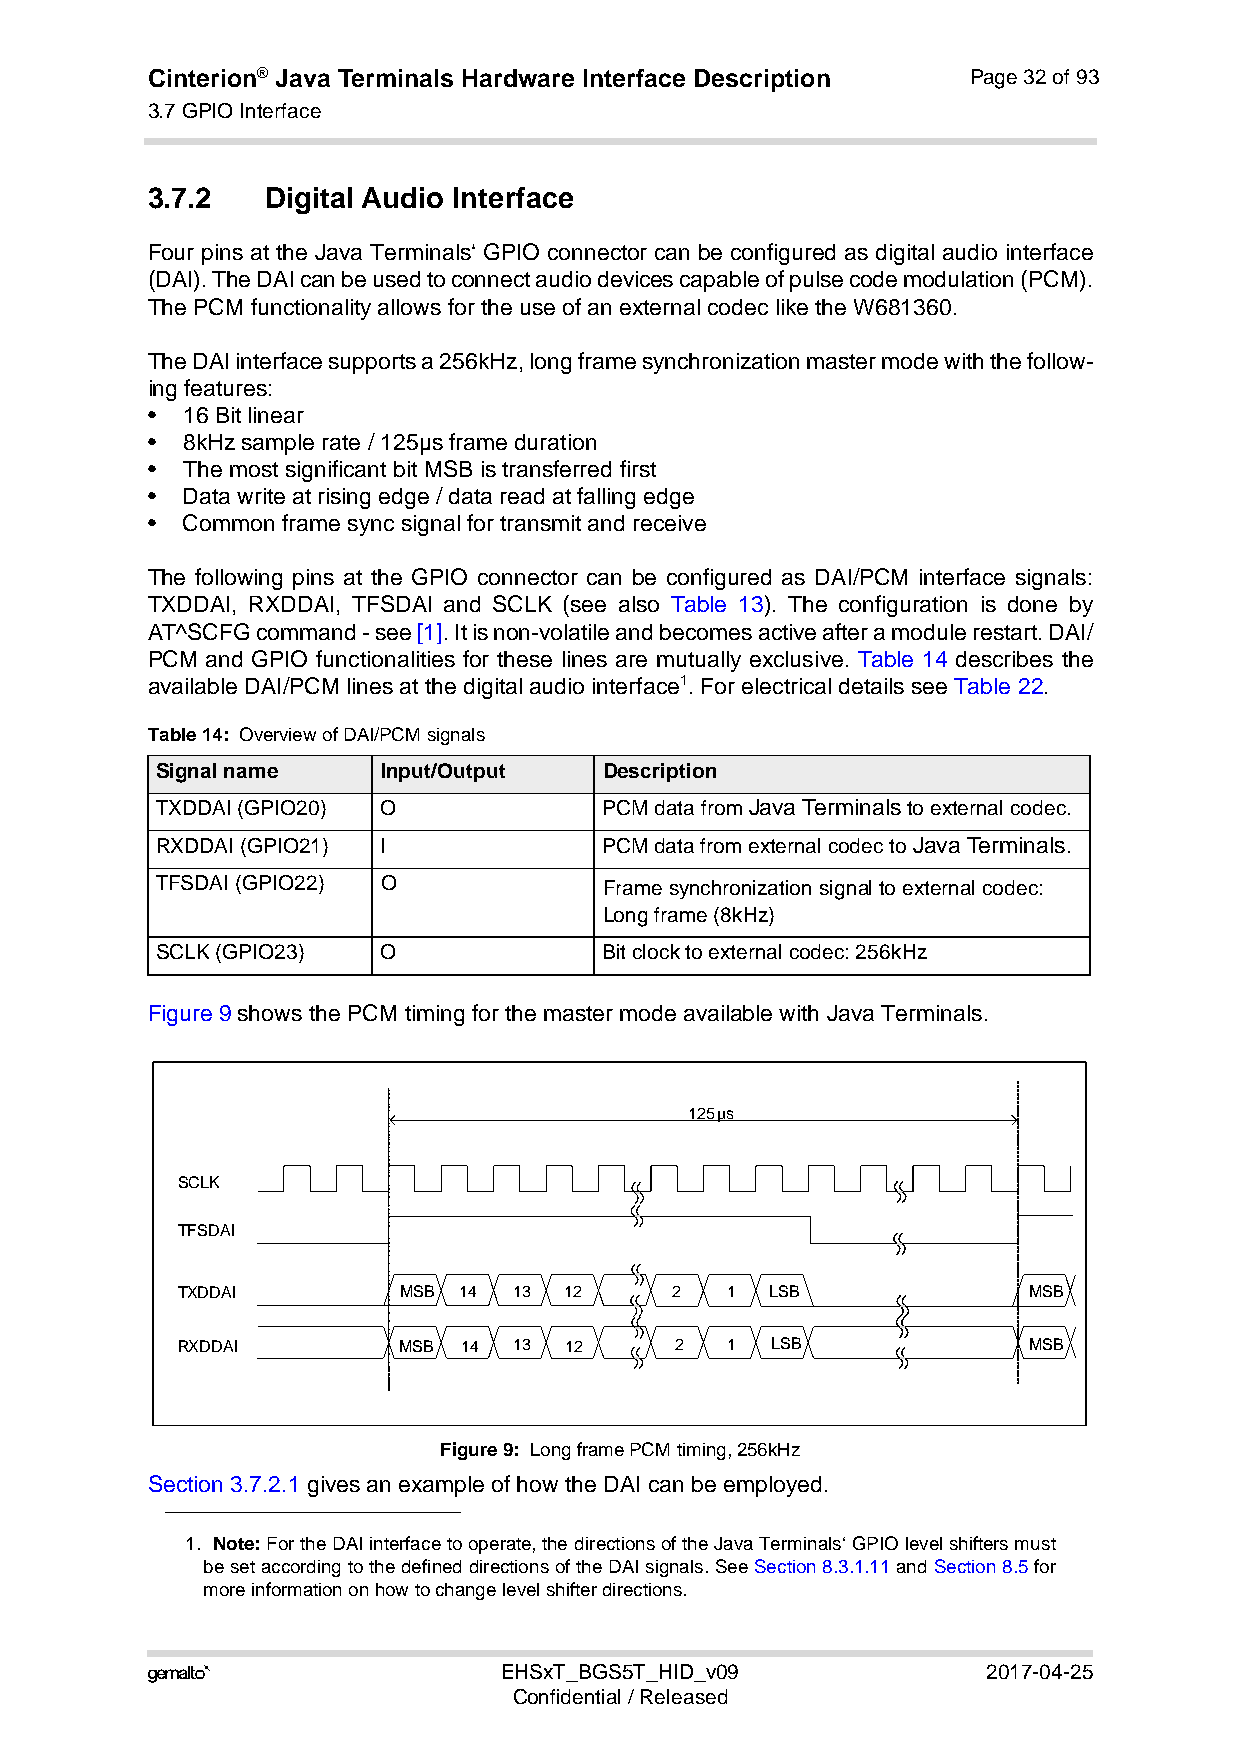
Cinterion® Java Terminals Hardware Interface Description Page 32 of 93
 3.7 GPIO Interface
 44
 3.7.2   Digital Audio Interface
 Four pins at the Java Terminals‘ GPIO connector can be configured as digital audio interface
 (DAI). The DAI can be used to connect audio devices capable of pulse code modulation (PCM).
 The PCM functionality allows for the use of an external codec like the W681360.
 The DAI interface supports a 256kHz, long frame synchronization master mode with the follow-
 ing features:
 • 16 Bit linear
 • 8kHz sample rate / 125µs frame duration
 • The most significant bit MSB is transferred first
 • Data write at rising edge / data read at falling edge
 • Common frame sync signal for transmit and receive
 The following pins at the GPIO connector can be configured as DAI/PCM interface signals:
 TXDDAI, RXDDAI, TFSDAI and SCLK (see also Table 13). The configuration is done by
 AT^SCFG command - see [1]. It is non-volatile and becomes active after a module restart. DAI/
 PCM and GPIO functionalities for these lines are mutually exclusive. Table 14 describes the
 available DAI/PCM lines at the digital audio interface1. For electrical details see Table 22.
 Table 14: Overview of DAI/PCM signals
 Signal name    Input/Output   Description
 TXDDAI (GPIO20) O             PCM data from Java Terminals to external codec.
 RXDDAI (GPIO21) I             PCM data from external codec to Java Terminals.
 11
 TFSDAI (GPIO22) O             Frame synchronization signal to external codec:
 Long frame (8kHz)
 SCLK (GPIO23)  O              Bit clock to external codec: 256kHz
 Figure 9 shows the PCM timing for the master mode available with Java Terminals.
 125 µs
 SCLK
 TFSDAI
 TXDDAI        MSB 14  13 12     2   1  LSB              MSB
 RXDDAI        MSB 14  13 12      2  1  LSB              MSB
 Figure 9: Long frame PCM timing, 256kHz
 Section 3.7.2.1 gives an example of how the DAI can be employed.
 1. Note: For the DAI interface to operate, the directions of the Java Terminals‘ GPIO level shifters must
 be set according to the defined directions of the DAI signals. See Section 8.3.1.11 and Section 8.5 for
 more information on how to change level shifter directions.
                       EHSxT_BGS5T_HID_v09             2017-04-25
 Confidential / Released